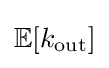
{\textstyle \mathbb {E} [k_{\text{out}}]}